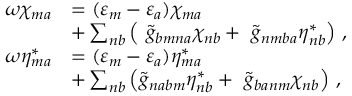
\begin{array} { r l } { \omega \chi _ { m a } } & { = ( \varepsilon _ { m } - \varepsilon _ { a } ) \chi _ { m a } } \\ & { + \sum _ { n b } \left( \ \tilde { g } _ { b m n a } \chi _ { n b } + \ \tilde { g } _ { n m b a } \eta _ { n b } ^ { * } \right) \, , } \\ { \omega \eta _ { m a } ^ { * } } & { = ( \varepsilon _ { m } - \varepsilon _ { a } ) \eta _ { m a } ^ { * } } \\ & { + \sum _ { n b } \left( \tilde { g } _ { n a b m } \eta _ { n b } ^ { * } + \ \tilde { g } _ { b a n m } \chi _ { n b } \right) \, , } \end{array}